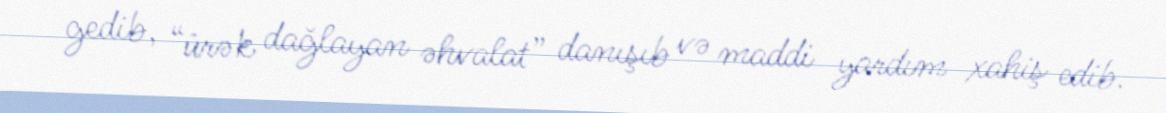
gedib, “ürək dağlayan əhvalat” danışıb və maddi yardım xahiş edib.